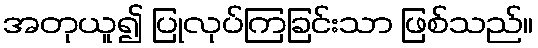
အတုယူ၍ ပြုလုပ်ကြခြင်းသာ ဖြစ်သည်။